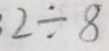
= 3 2 \div 8